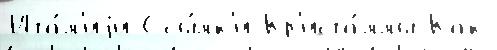
Ита́л'иjи Ссы́лк'и Кр'иста́ллы Как